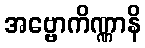
အဗ္ဗောကိဏ္ဏာနိ